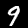
Label: 9